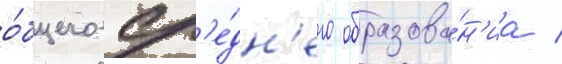
о́бщего ср'е́дн'его образова́н'иа /